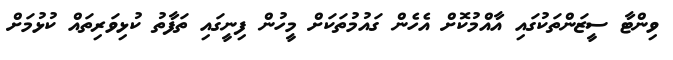
ވިންޓާ ސީޒަންތަކުގައި އާއްމުކޮށް އެހެން ގައުމުތަކަށް މީހުން ފިނީގައި ތަފާތު ކުޅިވަރިތައް ކުޅުމަށް